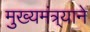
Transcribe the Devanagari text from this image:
मुख्यमंत्र्याने